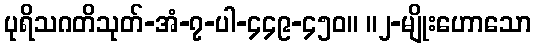
ပုရိသဂတိသုတ်-အံ-၇-ပါ-၄၄၉-၄၅၀။ ။၂-မျိုးဟောသော